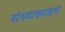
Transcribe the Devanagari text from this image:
संध्याकाळचे